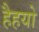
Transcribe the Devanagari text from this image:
हैहयो